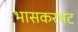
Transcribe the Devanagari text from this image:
भासकरभट